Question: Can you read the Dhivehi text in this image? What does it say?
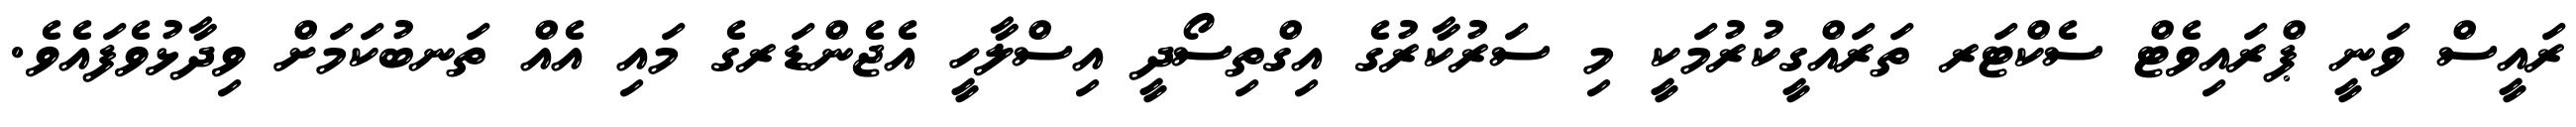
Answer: ރައީސް ވަނީ ޕްރައިވެޓް ސެކްޓަރ ތަރައްގީކުރުމަކީ މި ސަރުކާރުގެ އިގްތިސޯދީ އިސްލާހީ އެޖެންޑަރގެ މައި އެއް ތަނބުކަމަށް ވިދާޅުވެފައެވެ.